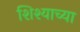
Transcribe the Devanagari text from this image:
शिश्याच्या